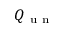
Q _ { \mathrm { ~ u ~ n ~ } }